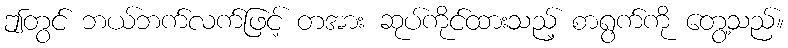
ဤတွင် ဘယ်ဘက်လက်ဖြင့် တအား ဆုပ်ကိုင်ထားသည့် စာရွက်ကို တွေ့သည်။